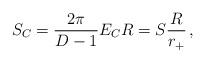
LaTeX: \begin{align*}S_C = \frac{2\pi}{D-1}E_CR = S\frac{R}{r_+}\,, \end{align*}